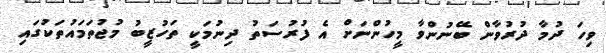
ވިހަ ދުމާ ދުރުވާން ބޭނުންވާ މީހުންނަށް އެ ފުރުސަތު ދިނުމަކީ ތަހުޒީބު މުޖުތަމައުތަކުގައި